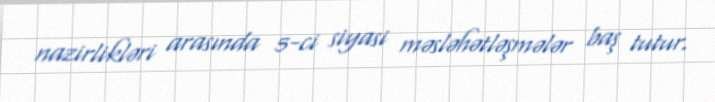
nazirlikləri arasında 5-ci siyasi məsləhətləşmələr baş tutur.